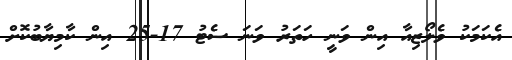
އެކަމަކު ވެލޯޒިއާ އިން ވަނީ ހަތަރު ވަނަ ސެޓު 17-25 އިން ކާމިޔާބުކޮށް